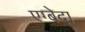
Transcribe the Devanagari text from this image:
एग्बेदा